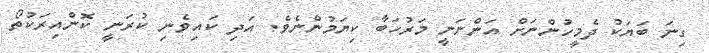
ގިނަ ބަޔަކު ދެމީހުންނަށް އަންނަނީ މަރުހަބާ ކިޔަމުންނެވެ. އަދި ކައިވެނި ކުރަނީ ކޮންއިރަކުތޯ